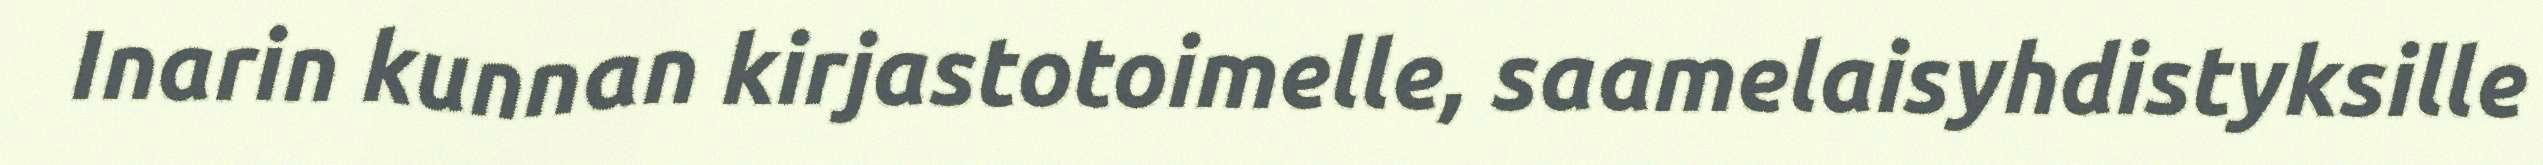
Inarin kunnan kirjastotoimelle, saamelaisyhdistyksille